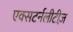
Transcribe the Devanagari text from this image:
एक्सटर्नलीटीज़